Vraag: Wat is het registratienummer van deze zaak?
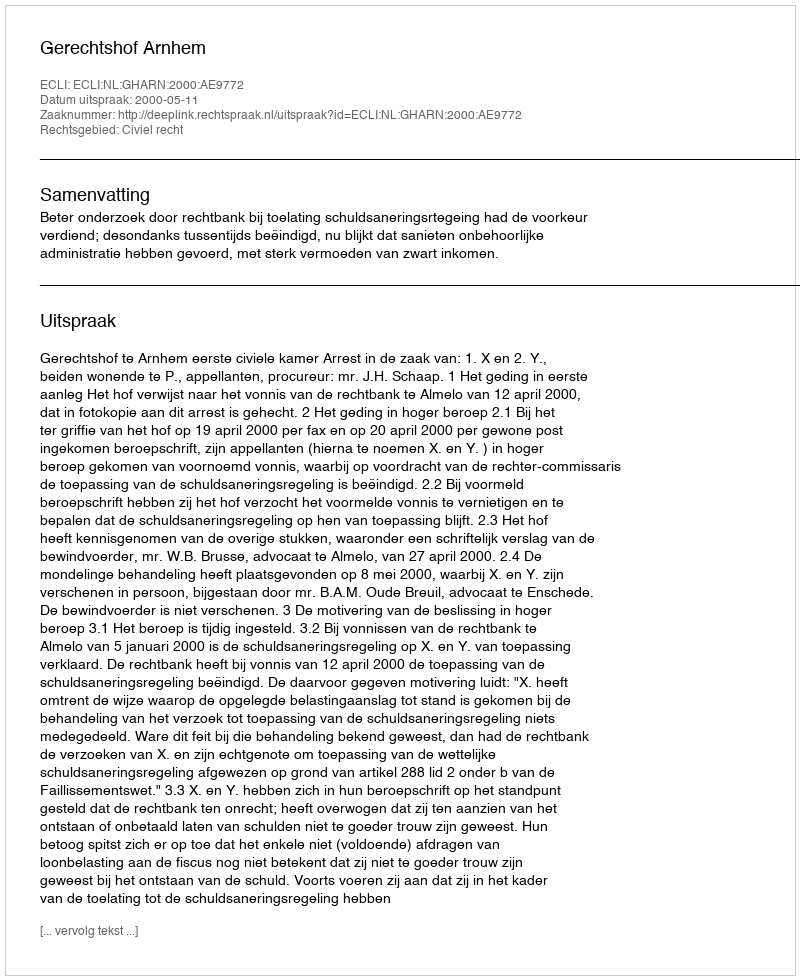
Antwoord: http://deeplink.rechtspraak.nl/uitspraak?id=ECLI:NL:GHARN:2000:AE9772